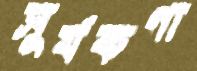
সূর্যকণা